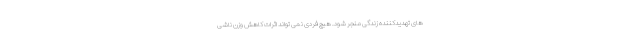
های تهدیدکننده زندگی منجر شود. هیچ فردی نمی تواند اثرات کاهش وزن ناشی